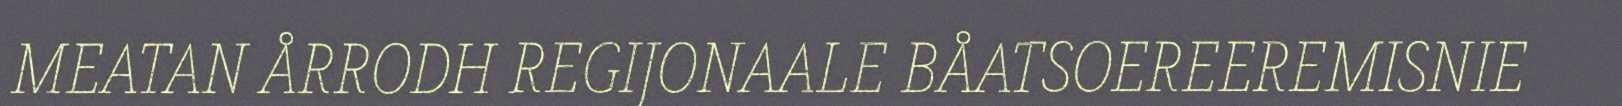
MEATAN ÅRRODH REGIJONAALE BÅATSOEREEREMISNIE